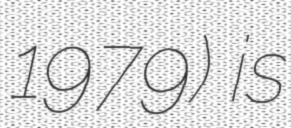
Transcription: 1979) is